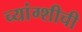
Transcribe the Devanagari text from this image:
च्यांग्शीची